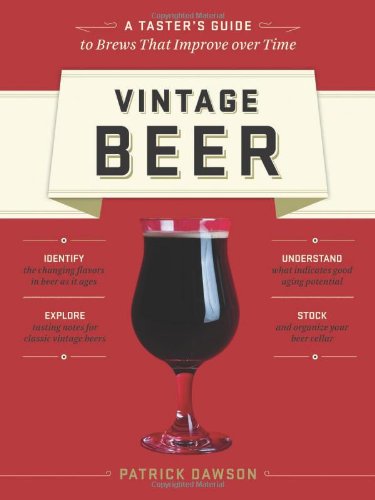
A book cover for Vintage Beer: A Taster's Guide to Brews That Improve over Time; Patrick Dawson; Cookbooks, Food & Wine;